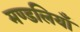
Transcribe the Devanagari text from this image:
मण्डलियाँ